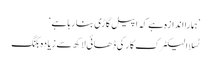
’ہمارا اندازہ ہے کہ اپیل گاڑی بنا رہا ہے‘
ٹسلا الیکٹرک کار کی ڈھائی لاکھ سے زیادہ بکنگ